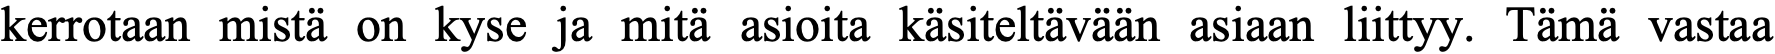
kerrotaan mistä on kyse ja mitä asioita käsiteltävään asiaan liittyy. Tämä vastaa